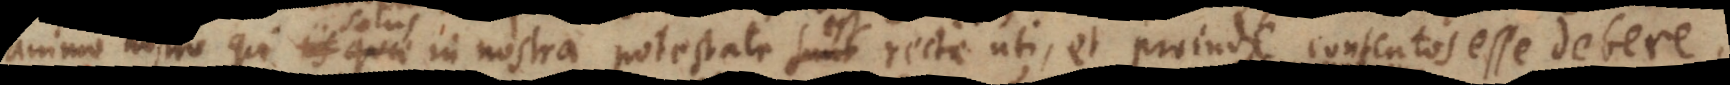
nostro qui solus in nostra potestate est recte uti, et proinde contentos esse debere,